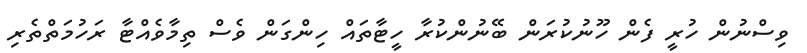
ވިސްނުން ހުރީ ފެން ހޫނުކުރަން ބޭނުންކުރާ ހީޓާތައް ހިންގަން ވެސް ތިމާވެއްޓާ ރަހުމަތްތެރި